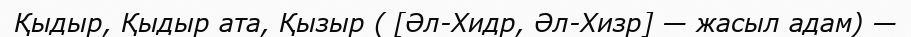
Қыдыр, Қыдыр ата, Қызыр ( [Əл-Хидр, Əл-Хизр] — жасыл адам) —